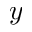
y